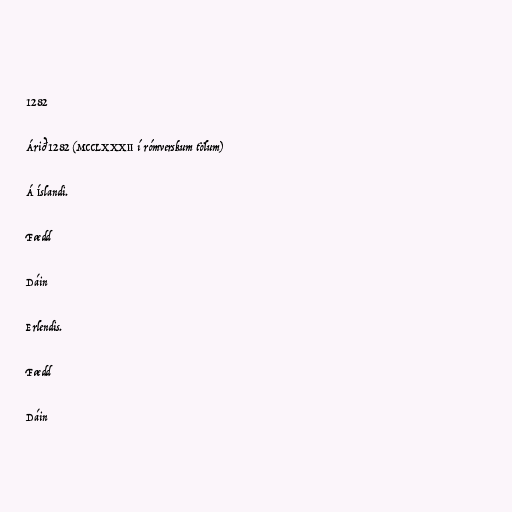
1282

Árið 1282 (MCCLXXXII í rómverskum tölum)

Á Íslandi.

Fædd

Dáin

Erlendis.

Fædd

Dáin